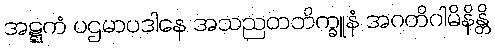
အဋ္ဋကံ ပဌမာပဒါနေ အသညတဘိက္ခူနံ အဂတိဂါမိနိန္တိ